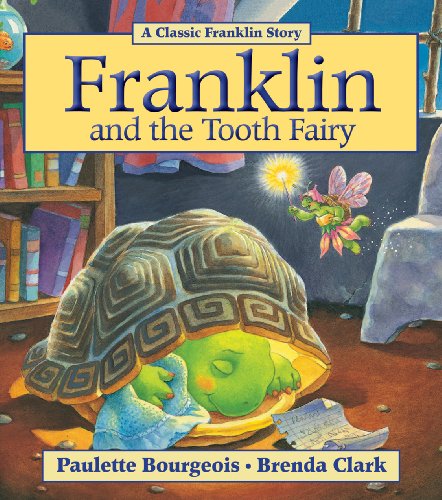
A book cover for Franklin and the Tooth Fairy; Paulette Bourgeois; Children's Books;